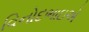
વિનોદભાઇએ